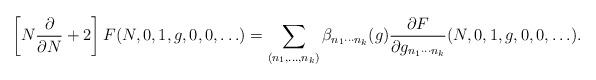
LaTeX: \begin{align*}\left[ N\frac{\partial}{\partial N} + 2 \right] F(N,0,1,g,0,0,\ldots) = \sum_{(n_1,\ldots,n_k)} \beta_{n_1\cdots n_k}(g) \frac{\partial F}{\partial g_{n_1\cdots n_k}}(N,0,1,g,0,0,\ldots). \end{align*}